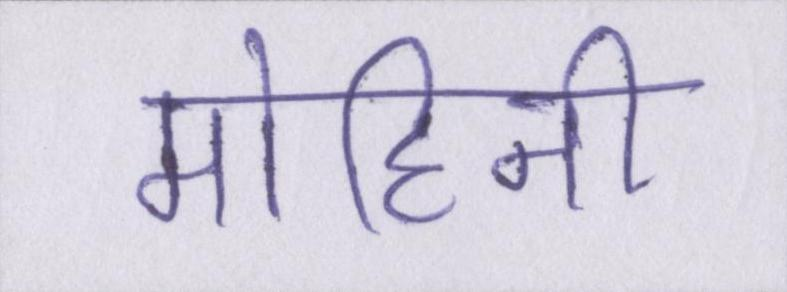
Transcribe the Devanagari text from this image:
मोहिनी